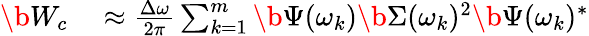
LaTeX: \begin{array}{rl}{\b{W_{c}}}&{{}\approx\frac{\Delta\omega}{2\pi}\sum_{k=1}^{m}\b{\Psi}(\omega_{k})\b{\Sigma}(\omega_{k})^{2}\b{\Psi}(\omega_{k})^{*}}\end{array}